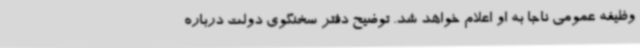
وظیفه عمومی ناجا به او اعلام خواهد شد. توضیح دفتر سخنگوی دولت درباره